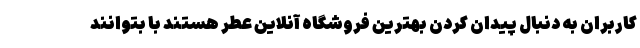
کاربران به دنبال پیدان کردن بهترین فروشگاه آنلاین عطر هستند با بتوانند